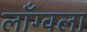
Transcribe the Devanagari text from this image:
लाँग्वला